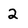
Character: 2